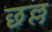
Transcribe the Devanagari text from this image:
छल्ल